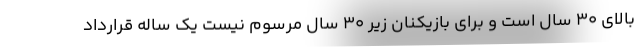
بالای 30 سال است و برای بازیکنان زیر 30 سال مرسوم نیست یک ساله قرارداد